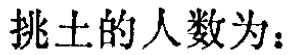
挑土的人数为：